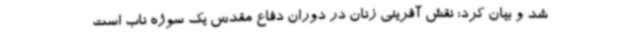
شد و بیان کرد: نقش آفرینی زنان در دوران دفاع مقدس یک سوژه ناب است